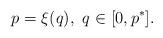
LaTeX: \begin{align*} p=\xi (q),\,\,q\in [0,p^*].\end{align*}